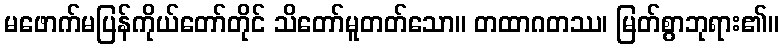
မဖောက်မပြန်ကိုယ်တော်တိုင် သိတော်မူတတ်သော။ တထာဂတဿ၊ မြတ်စွာဘုရား၏။